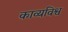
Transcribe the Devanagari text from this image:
काव्यविश्व